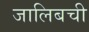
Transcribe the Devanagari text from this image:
जालिबची